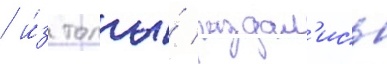
/ и́з толпы́ раздал'ись